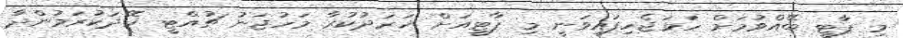
މި ޕާޓީ ބޭއްވުމަށް ހަމަޖެހިފައިވަނީ މި ޕާޓީއަށް ޚަރަދުކުރާ މަހުޖަނު ޗުއްޓީ ހޭދަކުރަމުންދާ